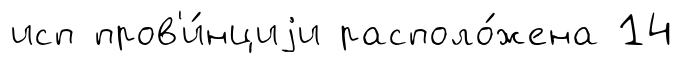
исп пров'и́нциjи располо́жена 14